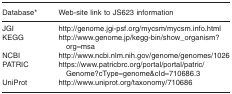
| Database* | Web‐site link to JS623 information |
 | --- | --- |
 | JGI | http://genome.jgi‐psf.org/mycsm/mycsm.info.html |
 | KEGG | http://www.genome.jp/kegg‐bin/show_organism?org=msa |
 | NCBI | http://www.ncbi.nlm.nih.gov/genome/genomes/1026 |
 | PATRIC | https://www.patricbrc.org/portal/portal/patric/Genome?cType=genome&cId=710686.3 |
 | UniProt | http://www.uniprot.org/taxonomy/710686 |